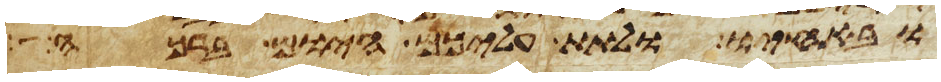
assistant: ובאחיו ולתת עליכם היום ברכה